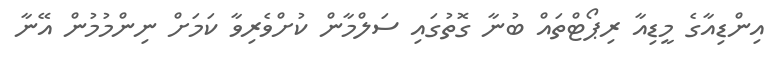
އިންޑިއާގެ މީޑިއާ ރިޕޯޓްތައް ބުނާ ގޮތުގައި ސަލްމާން ކުށްވެރިވާ ކަމަށް ނިންމުމުން އޭނާ